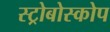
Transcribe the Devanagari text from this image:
स्ट्रोबोस्कोप